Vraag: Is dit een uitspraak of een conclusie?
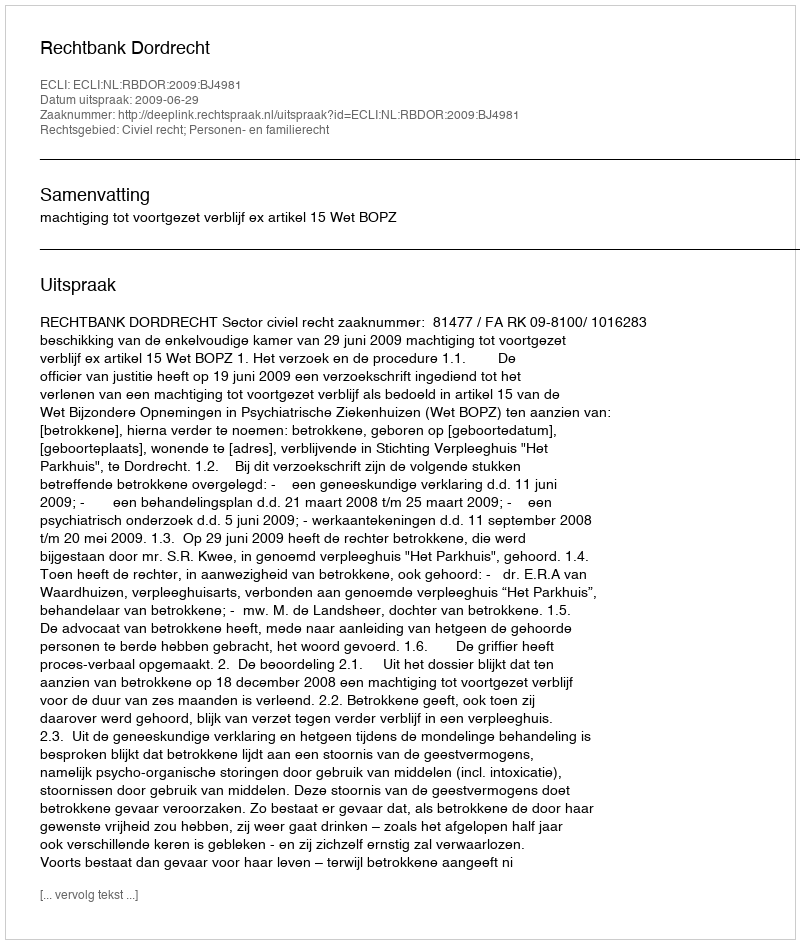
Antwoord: Uitspraak